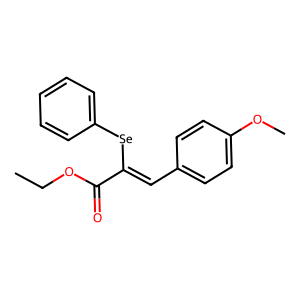
SMILES: CCOC(=O)C(=Cc1ccc(OC)cc1)[Se]c1ccccc1
Inhibits HIV replication: No